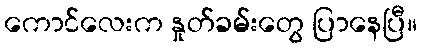
ကောင်လေးက နှုတ်ခမ်းတွေ ပြာနေပြီ။